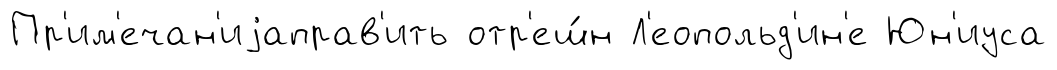
Пр'им'ечан'иjаправ'ить отр'еш́н Л'еопольд'ин'е Юн'иуса